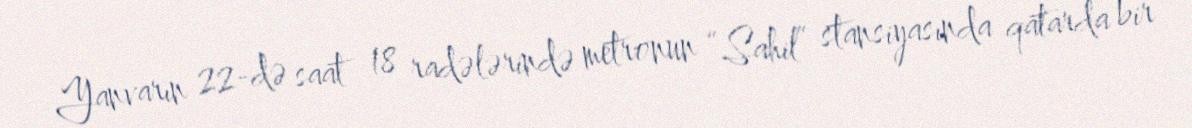
Yanvarın 22-də saat 18 radələrində metronun “Sahil” stansiyasında qatarda bir